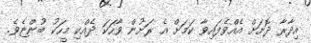
އިދާރާ ދޮށަށް އެއްވެފައިވާ ކަމަށް އެ ރަށުން ވާހަކަ ދެއްކި މީހަކު ބުންޏެވެ.